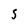
Character: 5